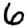
Digit: 6